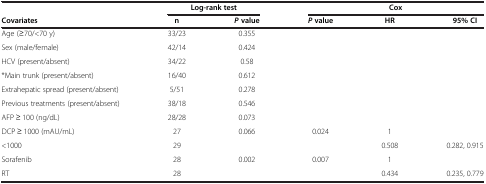
<table><thead><tr><td><b> </b></td><td colspan="2"><b>Log-rank test</b></td><td colspan="3"><b>Cox</b></td></tr><tr><td><b>Covariates</b></td><td><b>n</b></td><td><b><i>P </i>value</b></td><td><b><i>P </i>value</b></td><td><b>HR</b></td><td><b>95% CI</b></td></tr></thead><tbody><tr><td>Age (≥70/&lt;70 y)</td><td>33/23</td><td>0.355</td><td> </td><td> </td><td> </td></tr><tr><td>Sex (male/female)</td><td>42/14</td><td>0.424</td><td> </td><td> </td><td> </td></tr><tr><td>HCV (present/absent)</td><td>34/22</td><td>0.58</td><td> </td><td> </td><td> </td></tr><tr><td>*Main trunk (present/absent)</td><td>16/40</td><td>0.612</td><td> </td><td> </td><td> </td></tr><tr><td>Extrahepatic spread (present/absent)</td><td>5/51</td><td>0.278</td><td> </td><td> </td><td> </td></tr><tr><td>Previous treatments (present/absent)</td><td>38/18</td><td>0.546</td><td> </td><td> </td><td> </td></tr><tr><td>AFP ≥ 100 (ng/dL)</td><td>28/28</td><td>0.073</td><td> </td><td> </td><td> </td></tr><tr><td>DCP ≥ 1000 (mAU/mL)</td><td>27</td><td>0.066</td><td>0.024</td><td>1</td><td> </td></tr><tr><td>&lt;1000</td><td>29</td><td> </td><td> </td><td>0.508</td><td>0.282, 0.915</td></tr><tr><td>Sorafenib</td><td>28</td><td>0.002</td><td>0.007</td><td>1</td><td> </td></tr><tr><td>RT</td><td>28</td><td> </td><td> </td><td>0.434</td><td>0.235, 0.779</td></tr></tbody></table>